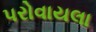
પરોવાયલા